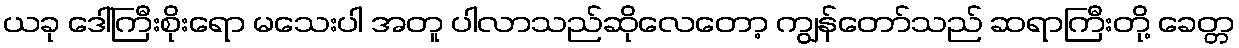
ယခု ဒေါ်ကြီးစိုးရော မသေးပါ အတူ ပါလာသည်ဆိုလေတော့ ကျွန်တော်သည် ဆရာကြီးတို့ ခေတ္တ